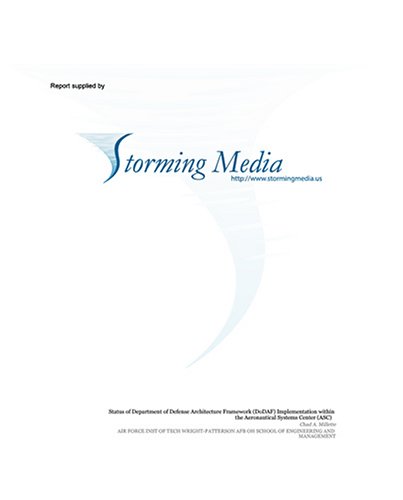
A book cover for Formation Flying Satellite Control Around the L2 Sun-Earth Libration Point; Nicholas H. Hamilton; Health, Fitness & Dieting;